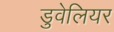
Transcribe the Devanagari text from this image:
डुवेलियर